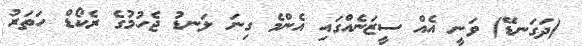
(ދަގަނޑޭ) ވަނީ އެއް ސީޒަނެއްގައި އެންމެ ގިނަ ލަނޑު ޖެހުމުގެ ރެކޯޑް ހަތަރު